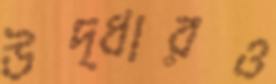
উদ্ধারও